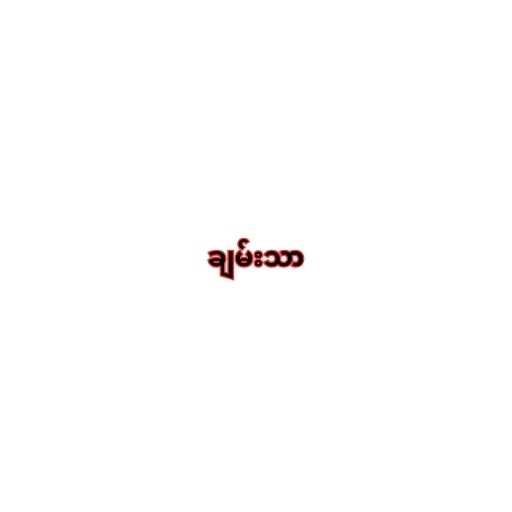
ချမ်းသာ